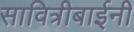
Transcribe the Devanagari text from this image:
सावित्रीबाईनी